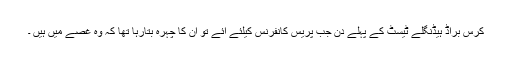
کرس براڈ ہیڈنگلے ٹیسٹ کے پہلے دن جب پریس کانفرنس کیلئے آئے تو ان کا چہرہ بتارہا تھا کہ وہ غصے میں ہیں ۔